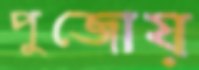
পুজোয়